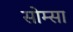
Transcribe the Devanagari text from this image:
सोम्सा